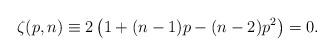
LaTeX: \begin{align*}\zeta(p,n)\equiv 2\left(1+(n-1)p-(n-2)p^2\right)=0.\end{align*}